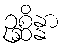
ဥစ္ဆိန္နာ